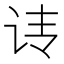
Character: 𰵕